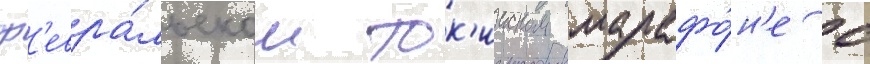
ф'евра́льском ток'ииском марафо́н'е с